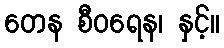
တေန စီဝရေန၊ နှင့်။